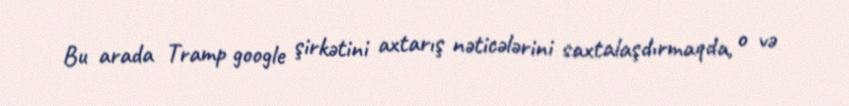
Bu arada Tramp google şirkətini axtarış nəticələrini saxtalaşdırmaqda, o və